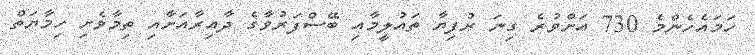
ހަމައެހެންމެ 730 އަށްވުރެ ގިނަ ރުފިޔާ ތައުލީމާއި ބޭސްފަރުވާގެ ދާއިރާއަށާއި ތިމާވެށި ހިމާޔަތް